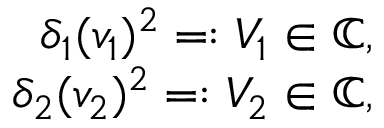
\begin{array} { r } { \delta _ { 1 } ( v _ { 1 } ) ^ { 2 } = : V _ { 1 } \in \mathbb { C } , } \\ { \delta _ { 2 } ( v _ { 2 } ) ^ { 2 } = : V _ { 2 } \in \mathbb { C } , } \end{array}